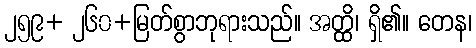
၂၅၉+ ၂၆၀+မြတ်စွာဘုရားသည်။ အတ္ထိ၊ ရှိ၏။ တေန၊